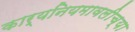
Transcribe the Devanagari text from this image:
कार्यनियमावलीच्या